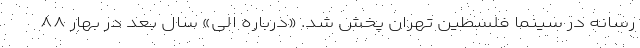
رسانه در سینما فلسطین تهران پخش شد. «درباره الی» سال بعد در بهار ۸۸